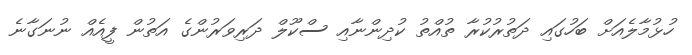
ހުޅުމާލެއަށް ބަހުގައި ދަތުރުކުރާ ތުއްތު ކުދިންނާއި ސްކޫލް ދަރިވަރުންގެ އަތުން ފީއެއް ނުނަގާނެ